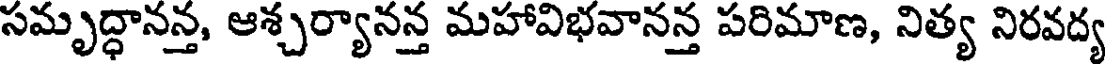
సమృద్ధానన్త, ఆశ్చర్యానన్త మహావిభవానన్త పరిమాణ, నిత్య నిరవద్య